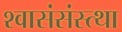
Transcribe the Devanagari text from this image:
श्वासंसंस्त्था